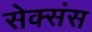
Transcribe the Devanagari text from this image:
सेक्संस